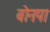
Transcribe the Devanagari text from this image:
बोनपा